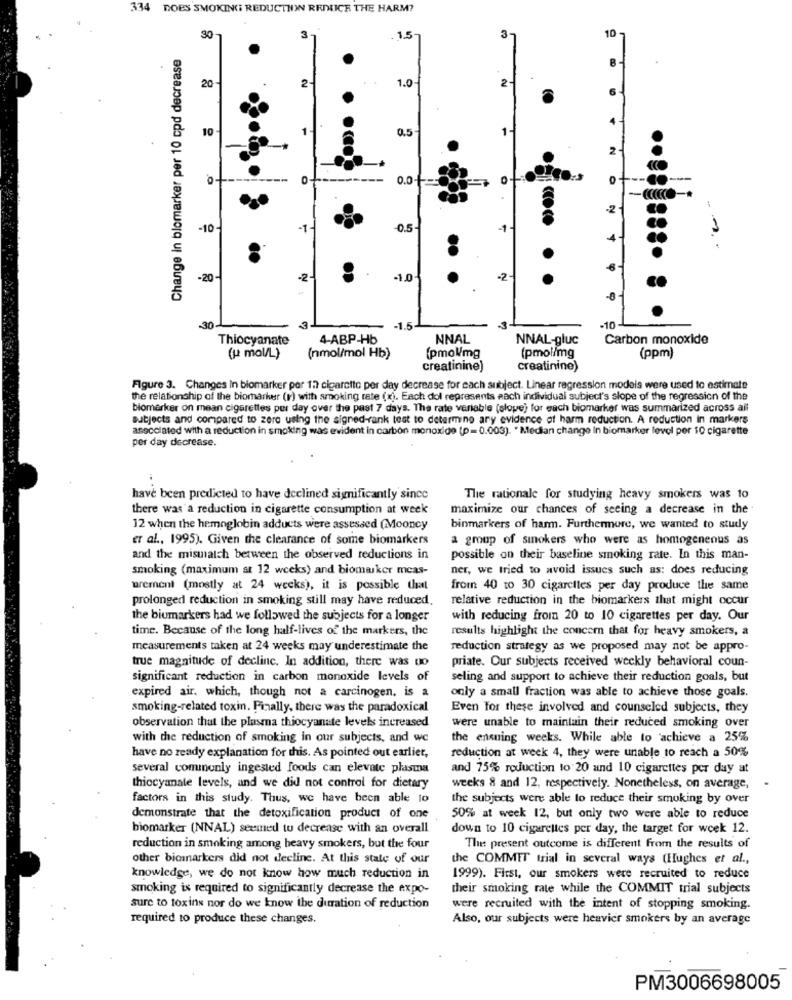
334 DOES SMOKING REDUCTNIN REALICE THE HARM?
3
3
10
30
1.5
Change In blomarker per 10 cpd decrease
.
2
1.0
2-
20
10
1
0.5
2
0.0-+
.0
-10-
-1.
0.5-
1
-20
-2
1.0
2
-30
3
-1.5
3
-10
Thiocyanate
4-ABP-Hb
NNAL
NNAL-gluc
Carbon monoxide
(j mol/L)
(nmol/mol Hb)
(pmol/mg
(pmol/mg
(ppm)
creatinine)
creatinine)
Figure 3. Changes In biomarker per 12 cigarette per day decrease for each subject. Linear regression models were used to estimate
the relationship of the biomarker (r) with smoking rate (x). Each dol represents each individual subject's slope of the regression of the
biomarker on mean cigarettes per day over the past 7 days. The rate variable (slope) for each biomarker was summarized across all
subjects and compared to zero using the signed-rank test to determine ary evidence of harm reduction. A reduction in markers
associated with a reduction in smoking was evident in carbon monoxide (p= 0.003). " Median change In biomarker level per 10 cigarette
per day decrease.
have been predicted to have declined significantly since
The rationale for studying heavy smokers was to
there was a reduction in cigarette consumption at week
maximize our chances of seeing a decrease in the
12 when the hemoglobin adducts were assessed (Mooncy
binmarkers of harm. Furthermore, we wanted to study
er al ., 1995). Given the clearance of some biomarkers
a group of smokers who were as homogenenus as
and the mismatch between the observed reductions in
possible on their baseline smoking rate. In this man-
smoking (maximum at 12 weeks) and biomarker mcas-
ner, we tried to avoid issues such as: does reducing
urement (mostly at 24 weeks), it is possible that
from 40 to 30 cigarettes per day produce the same
prolonged reduction in smoking still may have reduced.
relative reduction in the biomarkers that might occur
the biomarkers had we followed the subjects for a longer
with reducing from 20 to 10 cigarettes per day. Our
time. Because of the long half-lives of the markers, the
results highlight the concern that for heavy smokers, a
measurements taken at 24 weeks may underestimate the
reduction strategy as we proposed may not be appro-
true magnitude of declinc. In addition, there was to
priate. Our subjects received weckly behavioral coun-
significant reduction in carbon monoxide levels of
seling and support to achieve their reduction goals, but
expired air. which, though not a carcinogen. is a
only a small fraction was able to achieve those goals.
smoking-related toxin. Finally, there was the paradoxical
Even Tor these involved and counseled subjects, they
observation that the plasma thiocyanate levels increased
were unable to maintain their reduced smoking over
with the reduction of smoking in our subjects, and we
the ensuing weeks. While able to achieve a 25%
reduction at week 4, they were unable to reach a 50%
have no ready explanation for this. As pointed out earlier,
several commonly ingested foods can elevate plasma
and 75% reduction to 20 and 10 cigarettes per day at
thiocyanale levels, and we did not control for dietary
weeks 8 and 12, respectively. Nonetheless, on average,
factors in this study. Thus, we have been able to
the subjects were able to reduce their smoking by over
demonstrate that the detoxification product of one
50% at week 12, but only two were able to reduce
biomarker (NNAL) seemed to decrease with an overall
down to 10 cigarettes per day, the target for week 12.
reduction in smoking among heavy smokers, but the four
The present outcome is different from the results of
other biomarkers did not decline. At this state of our
the COMMIT trial in several ways (Hughes et al .,
knowledge, we do not know how much reduction in
1999). First, our smokers were recruited to reduce
smoking is required to significantly decrease the expo-
their smoking rate while the COMMIT trial subjects
sure to toxins nor do we know ibe duration of reduction
were recruited with the intent of stopping smoking.
required to produce these changes.
Also, our subjects were heavier smokers by an average
PM3006698005